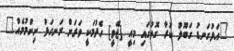
"އަޅުގަނޑު ގަބޫލު ކުރާ ގޮތުގައި މިއީ [ޖޭވީ] ހެދުމަކީ ވަރަށް ރަނގަޅު ނިންމުމެއް"